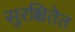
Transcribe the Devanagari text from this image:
सुरक्षितेत